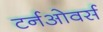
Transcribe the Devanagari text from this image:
टर्नओवर्स